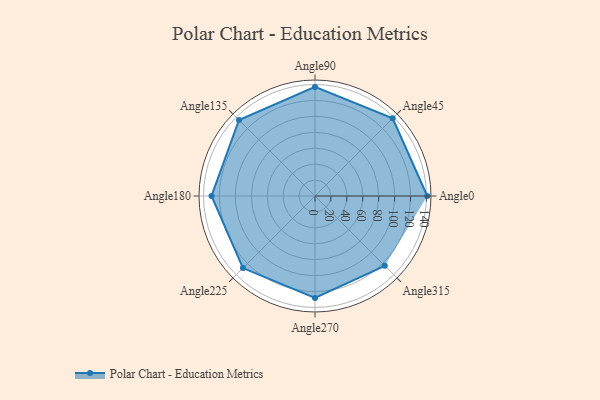
{"axis": {"x": "Angle", "y": "Radius"}, "legend": [""], "data": [{"x": "Angle0", "y": 141.0, "type": ""}, {"x": "Angle45", "y": 138.0, "type": ""}, {"x": "Angle90", "y": 137.0, "type": ""}, {"x": "Angle135", "y": 135.0, "type": ""}, {"x": "Angle180", "y": 130.0, "type": ""}, {"x": "Angle225", "y": 128.0, "type": ""}, {"x": "Angle270", "y": 128.0, "type": ""}, {"x": "Angle315", "y": 124.0, "type": ""}]}